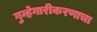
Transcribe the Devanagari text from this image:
गुन्हेगारीकरणाचा